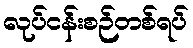
လုပ်ငန်းစဉ်တစ်ရပ်